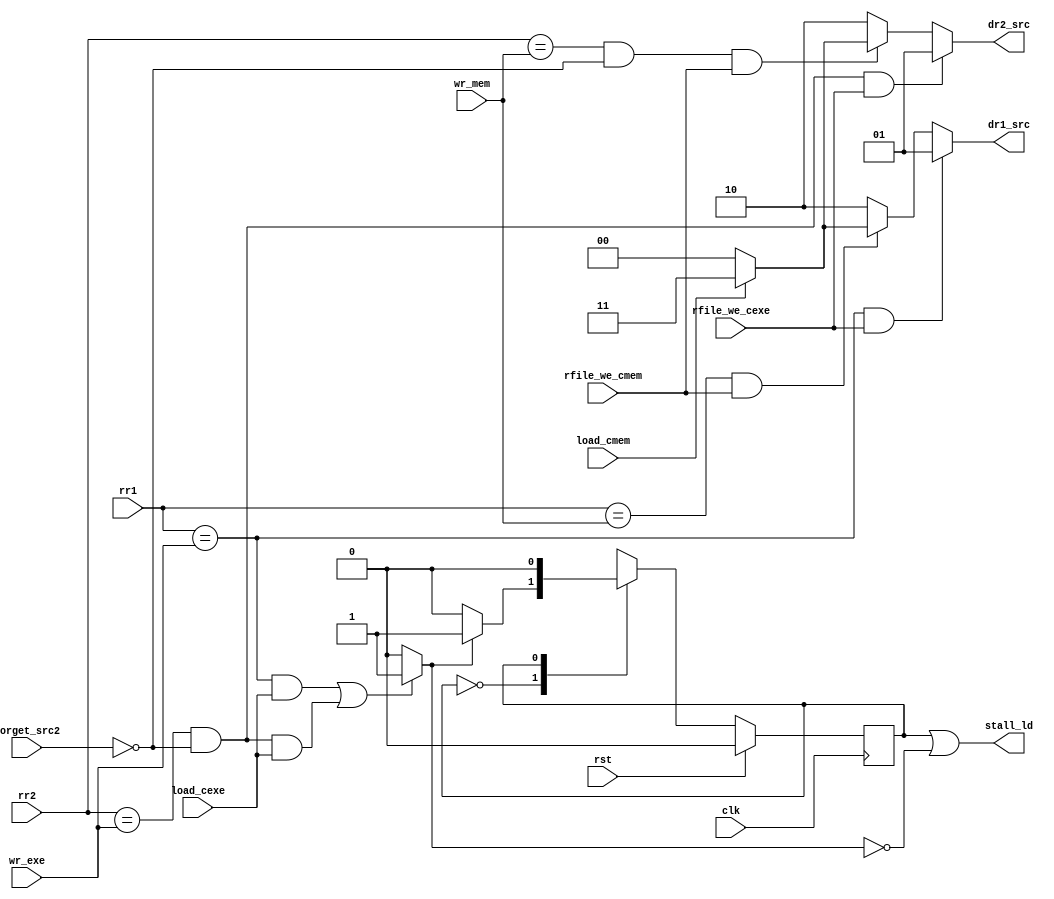
`timescale 1ns / 1ps
//////////////////////////////////////////////////////////////////////////////////
// Company: 
// Engineer: 
// 
// Design Name: 
// Module Name:    hazardunit 
// Project Name: 
// Target Devices: 
// Tool versions: 
// Description: 
//
// Dependencies: 
//
// Revision: 
// Revision 0.01 - File Created
// Additional Comments: 
//
//////////////////////////////////////////////////////////////////////////////////
module hazardunit(
    input [3:0] rr1,
    input [3:0] rr2,
    input [3:0] wr_exe,
    input [3:0] wr_mem,
    input load_cexe,
	input load_cmem,	
	input forget_src2,
	input rfile_we_cexe,
	input rfile_we_cmem,
    input rst,
    input clk,
    output [1:0] dr1_src,
    output [1:0] dr2_src,
    output stall_ld
    );

//care must be taken: stall signals are all active low	
reg state,nextstate;
wire l; //temp variable to know when to stall & flush

//data forwarding: 1-reg RAW hazard 2-load RAW hazard after 1 clock
assign		dr1_src=(rr1==wr_exe && rfile_we_cexe==1'b1)?2'b01:((rr1==wr_mem && rfile_we_cmem==1'b1)?((load_cmem)?2'b11:2'b00):2'b10);
assign		dr2_src=(rr2==wr_exe && forget_src2==1'b0 && rfile_we_cexe==1'b1)?2'b01:((rr2==wr_mem && forget_src2==1'b0 && rfile_we_cmem==1'b1)?((load_cmem==1'b1)?2'b11:2'b00):2'b10);
assign      l=(rr1==wr_exe && load_cexe==1'b1 || (rr2==wr_exe && forget_src2==1'b0 && load_cexe==1'b1))?1'b1:1'b0;

//load RAW hazrd:
//mealy state machine for stalling pc,ir,dec and flushing exe:
//since after stall the instruction is as before we adopt a FSM to fix it
always @(posedge clk)
if(rst)	state<=1'b0;
else    state<=nextstate;

//nextstate logic:
always @(l or state)		
case (state)
1'b0:   if(l) nextstate<=1'b1;
		else  nextstate<=1'b0;
1'b1:   if(l) nextstate<=1'b0;
		else  nextstate<=1'b0;
endcase

//output logic:
assign  stall_ld=state | ~l;
endmodule